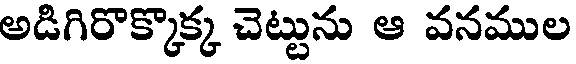
అడిగిరొక్కొక్క చెట్టును ఆ వనముల